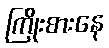
ကြိုးစားနေ